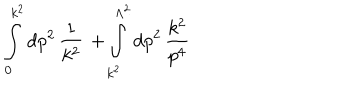
LaTeX: \int _ { 0 } ^ { k ^ { 2 } } \mathrm { d } p ^ { 2 } \, \frac { 1 } { k ^ { 2 } } \, + \int _ { k ^ { 2 } } ^ { \Lambda ^ { 2 } } \mathrm { d } p ^ { 2 } \, \frac { k ^ { 2 } } { p ^ { 4 } }